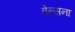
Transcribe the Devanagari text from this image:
वेल्सना